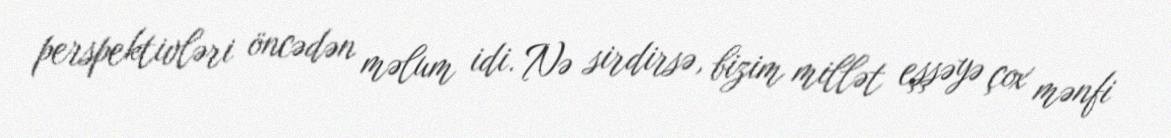
perspektivləri öncədən məlum idi. Nə sirdirsə, bizim millət eşşəyə çox mənfi